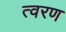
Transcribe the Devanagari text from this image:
त्‍वरण